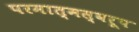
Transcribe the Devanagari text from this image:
परमात्मस्वरूप